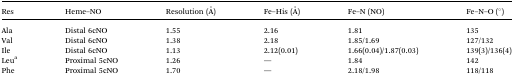
| Res | Heme–NO | Resolution (Å) | Fe–His (Å) | Fe–N (NO) | Fe–N–O (°) |
 | --- | --- | --- | --- | --- | --- |
 | Ala | Distal 6cNO | 1.55 | 2.16 | 1.81 | 135 |
 | Val | Distal 6cNO | 1.38 | 2.18 | 1.85/1.69 | 127/132 |
 | Ile | Distal 6cNO | 1.13 | 2.12(0.01) | 1.66(0.04)/1.87(0.03) | 139(3)/136(4) |
 | Leua | Proximal 5cNO | 1.26 | — | 1.84 | 142 |
 | Phe | Proximal 5cNO | 1.70 | — | 2.18/1.98 | 118/118 |